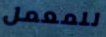
للمعمل